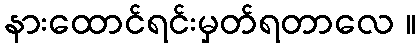
နားထောင်ရင်းမှတ်ရတာလေ ။